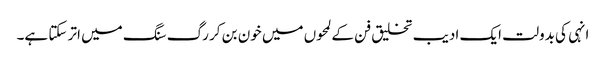
انہی کی بدولت ایک ادیب تخلیق فن کے لمحوں میں خون بن کر رگ سنگ میں اتر سکتا ہے۔